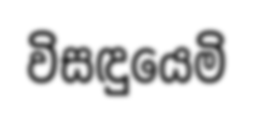
විසඳුයෙමි